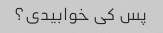
پس کی خوابیدی؟